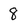
Character: 8